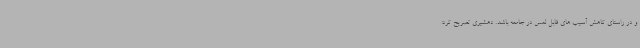
و در راستای کاهش آسیب های قابل لمس در جامعه باشد. دهشیری تصریح کرد: